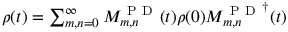
\begin{array} { r } { \rho ( t ) = \sum _ { m , n = 0 } ^ { \infty } M _ { m , n } ^ { \mathrm { ~ P ~ D ~ } } ( t ) \rho ( 0 ) { M _ { m , n } ^ { \mathrm { ~ P ~ D ~ } } } ^ { \dagger } ( t ) } \end{array}